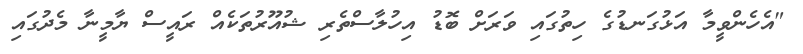
"އެހެންވީމާ އަޅުގަނޑުގެ ހިތުގައި ވަރަށް ބޮޑު އިހުލާސްތެރި ޝުއޫރުތަކެއް ރައީސް ޔާމީނާ މެދުގައި